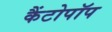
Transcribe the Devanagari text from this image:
कैंटोपॉप